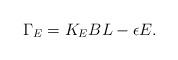
LaTeX: \begin{align*}\Gamma_{E}=K_{E}BL-\epsilon E.\end{align*}